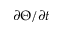
\partial \Theta / \partial t